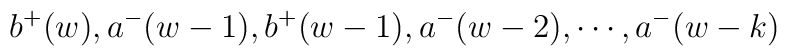
b^+(w),a^-(w-1),b^+(w-1),a^-(w-2),\cdots,a^-(w-k)